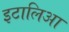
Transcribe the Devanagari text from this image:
इटालिआ